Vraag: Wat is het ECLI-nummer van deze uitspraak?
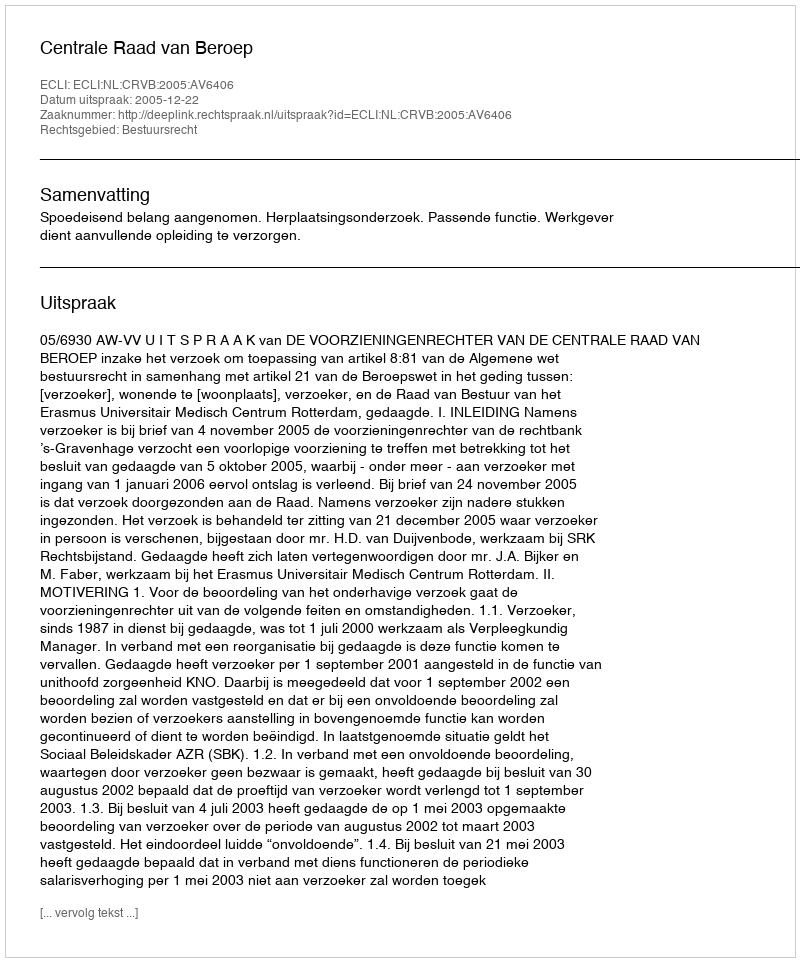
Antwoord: ECLI:NL:CRVB:2005:AV6406